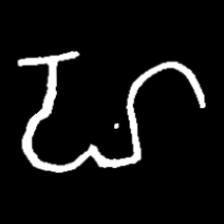
Pyu character \u2014 Myanmar letter: ဟ (romanized: ha)